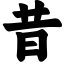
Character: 昔